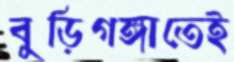
বুড়িগঙ্গাতেই